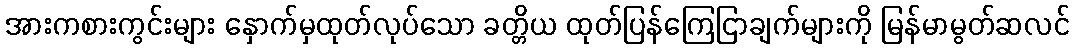
အားကစားကွင်းများ နှောက်မှထုတ်လုပ်သော ခတ္တိယ ထုတ်ပြန်ကြေငြာချက်များကို မြန်မာမွတ်ဆလင်